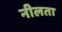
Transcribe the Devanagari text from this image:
नीलता